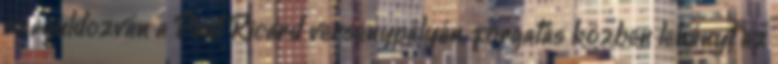
száguldozván a Paul Ricard versenypályán, forgatás közben lehányt az